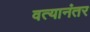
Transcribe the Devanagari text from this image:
वत्यानंतर